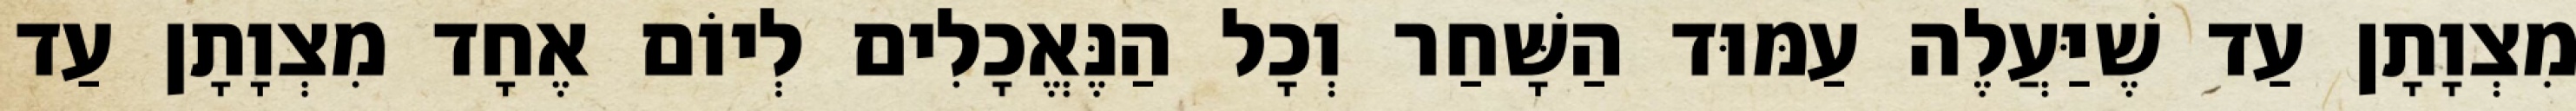
מִצְוָתָן עַד שֶׁיַּעֲלֶה עַמּוּד הַשָּׁחַר וְכָל הַנֶּאֱכָלִים לְיוֹם אֶחָד מִצְוָתָן עַד